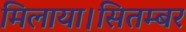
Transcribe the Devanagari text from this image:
मिलाया।सितम्बर